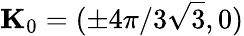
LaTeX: \mathbf{K}_{0}=(\pm 4\pi/3\sqrt{3},0)